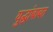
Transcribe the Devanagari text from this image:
युद्धांबाबत